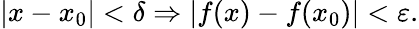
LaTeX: |x-x_{0}|<\delta\Rightarrow|f(x)-f(x_{0})|<\varepsilon.